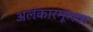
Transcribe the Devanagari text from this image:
अलंकारमूलक